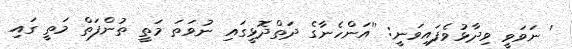
' ނަވަވީ ވިދާޅުވެފައިވަނީ: ''އަންހެނާގެ ދަތްދޮޅީގައި ނުވަތަ މަތީ ތުންފަތް މަތީ ގައި